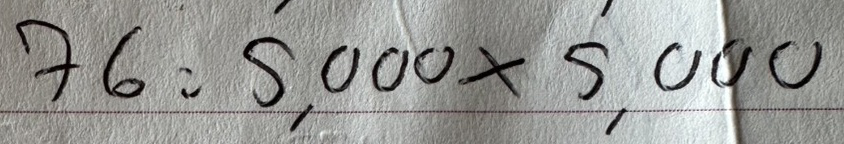
76 = 5,000x5,000